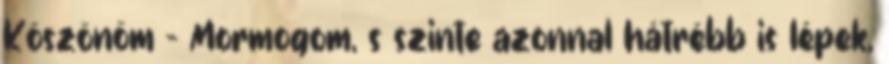
Köszönöm - Mormogom, s szinte azonnal hátrébb is lépek,